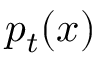
p _ { t } ( \boldsymbol { x } )